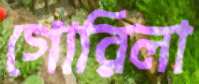
গোরিলা